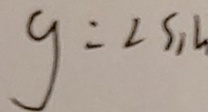
g = 2 \sin